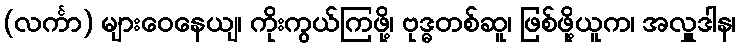
(လင်္ကာ) များဝေနေယျ၊ ကိုးကွယ်ကြဖို့၊ ဗုဒ္ဓတစ်ဆူ၊ ဖြစ်ဖို့ယူက၊ အလှူဒါန၊